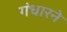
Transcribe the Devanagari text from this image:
गंधारने